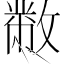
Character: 𣀅